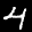
Label: 4